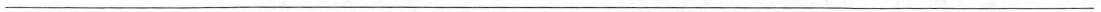
___